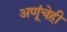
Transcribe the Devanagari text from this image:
अणूंचेही